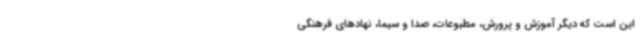
این است که دیگر آموزش و پرورش، مطبوعات، صدا و سیما، نهادهای فرهنگی